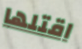
اقتلها